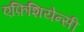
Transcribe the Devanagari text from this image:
एफ़िशियेन्सी